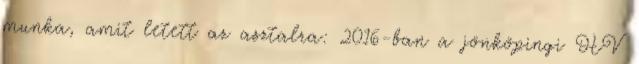
munka, amit letett az asztalra: 2016-ban a jönköpingi HV